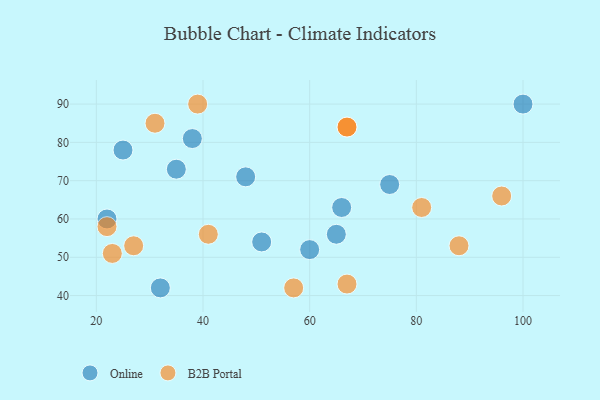
{"axis": {"x": "GDP", "y": "Life Expectancy"}, "legend": ["B2B Portal", "Online"], "data": [{"x": "32", "y": 42, "type": "Online"}, {"x": "48", "y": 71, "type": "Online"}, {"x": "22", "y": 60, "type": "Online"}, {"x": "38", "y": 81, "type": "Online"}, {"x": "100", "y": 90, "type": "Online"}, {"x": "75", "y": 69, "type": "Online"}, {"x": "35", "y": 73, "type": "Online"}, {"x": "51", "y": 54, "type": "Online"}, {"x": "65", "y": 56, "type": "Online"}, {"x": "66", "y": 63, "type": "Online"}, {"x": "25", "y": 78, "type": "Online"}, {"x": "60", "y": 52, "type": "Online"}, {"x": "67", "y": 84, "type": "B2B Portal"}, {"x": "39", "y": 90, "type": "B2B Portal"}, {"x": "67", "y": 84, "type": "B2B Portal"}, {"x": "81", "y": 63, "type": "B2B Portal"}, {"x": "22", "y": 58, "type": "B2B Portal"}, {"x": "27", "y": 53, "type": "B2B Portal"}, {"x": "41", "y": 56, "type": "B2B Portal"}, {"x": "67", "y": 43, "type": "B2B Portal"}, {"x": "96", "y": 66, "type": "B2B Portal"}, {"x": "23", "y": 51, "type": "B2B Portal"}, {"x": "31", "y": 85, "type": "B2B Portal"}, {"x": "88", "y": 53, "type": "B2B Portal"}, {"x": "57", "y": 42, "type": "B2B Portal"}]}